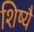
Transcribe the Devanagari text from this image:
शिष्यै